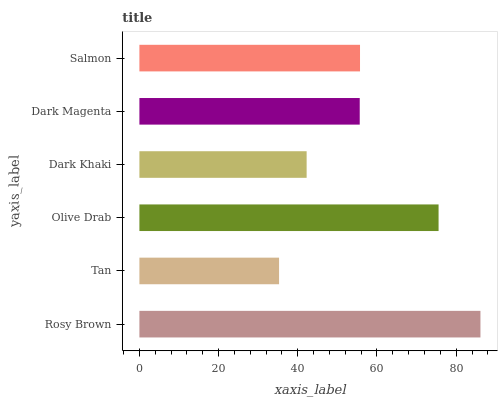
| yaxis_label | bars |
 | --- | --- |
 | Rosy Brown | 86.1 |
 | Tan | 35.3 |
 | Olive Drab | 75.6 |
 | Dark Khaki | 42.2 |
 | Dark Magenta | 55.6 |
 | Salmon | 55.7 |